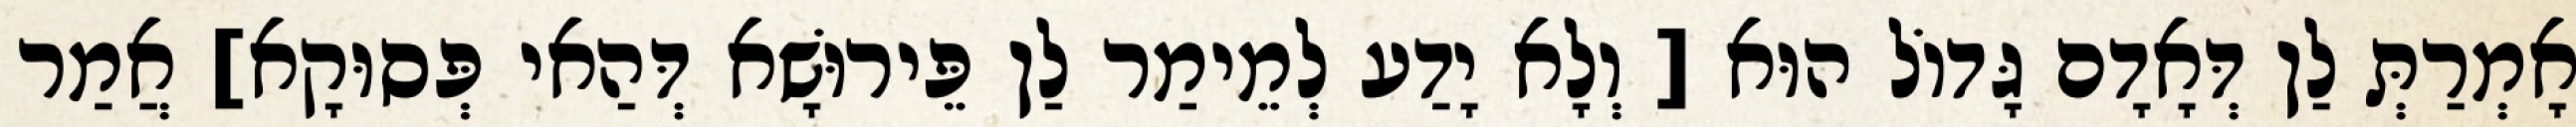
אָמְרַתְּ לַן דְּאָדָם גָּדוֹל הוּא [ וְלָא יָדַע לְמֵימַר לַן פֵּירוּשָׁא דְּהַאי פְּסוּקָא] אֲמַר